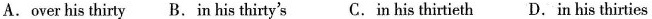
A.over his thirty B.Inhis thirty's C.In his thirtieth D.In his thirties